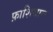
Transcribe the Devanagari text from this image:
फ़ाशियान